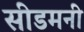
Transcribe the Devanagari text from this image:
सीडमनी